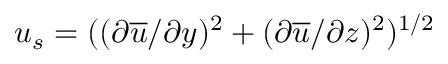
u _ { s } = ( ( \partial \overline { { u } } / \partial y ) ^ { 2 } + ( \partial \overline { { u } } / \partial z ) ^ { 2 } ) ^ { 1 / 2 }